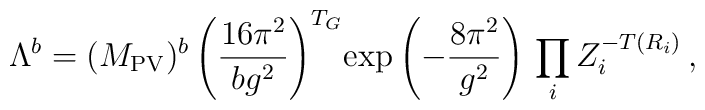
\Lambda^b= (M_{\rm PV})^b\left(\frac{16\pi^2}{b g^2}\right)^{T_G}\!\exp \left(-\frac{8\pi^2}{g^2}\right) \, \prod_iZ_i^{-T(R_i)} \,,